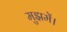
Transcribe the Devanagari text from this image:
मुझमें।